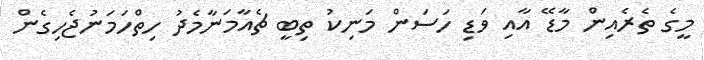
މީގެ ތެރެއިން މާޑޭ އާއި ވަޑި ހަސަން މަނިކު ތިބީ ޗެއާމަނާމެދު ހިތްހަމަނުޖެހިގެން